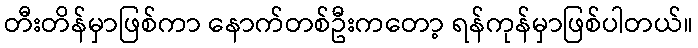
တီးတိန်မှာဖြစ်ကာ နောက်တစ်ဦးကတော့ ရန်ကုန်မှာဖြစ်ပါတယ်။